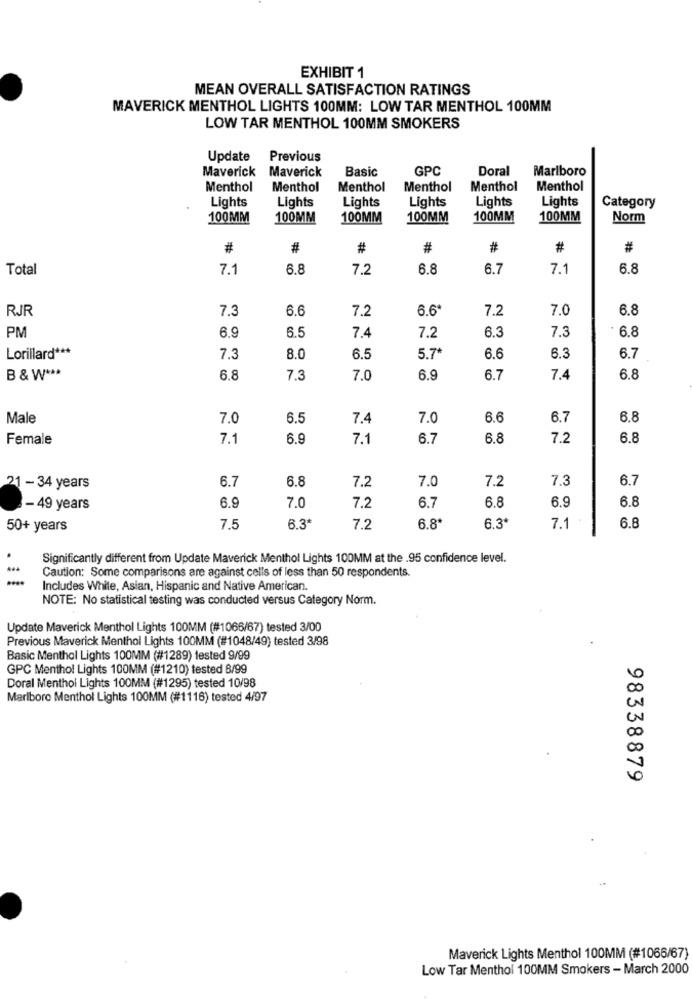
EXHIBIT 1
MEAN OVERALL SATISFACTION RATINGS
MAVERICK MENTHOL LIGHTS 100MM: LOW TAR MENTHOL 100MM
LOW TAR MENTHOL 100MM SMOKERS
Update
Previous
Maverick
Maverick
Basic
GPC
Doral
Marlboro
Menthol
Menthol
Menthol
Menthol
Menthol
Menthol
Lights
Lights
Lights
Lights
Lights
Lights
Category
100MM
100MM
100MM
100MM
100MM
100MM
Norm
#
#
#
#
#
#
#
Total
7.1
6.8
7.2
6.8
6.7
7.1
6.8
RJR
7.3
6.6
7.2
6.6*
7.2
7.0
6.8
6.9
6.5
6.3
6.8
PM
7.4
7.2
7.3
Lorillard ***
7.3
8.0
6.5
5.7*
6.6
6.3
6.7
B & W ***
6.8
7.3
7.0
6.9
6.7
7.4
6.8
Male
7.0
6.5
7.4
7.0
6.6
6.7
6.8
Female
7.1
6.9
7.1
6.7
6.8
7.2
6.8
6.7
7.2
7.0
7.2
7.3
6.7
21- 34 years
6.8
7.0
6.7
6.8
- 49 years
6.9
7.2
6.8
6.9
50+ years
7.5
6.3*
7.
6.8*
6.3*
7.1
6.8
Significantly different from Update Maverick Menthol Lights 100MM at the .95 confidence level.
Caution: Some comparisons are against cells of less than 50 respondents.
Includes While, Asian, Hispanic and Native American.
NOTE: No statistical testing was conducted versus Category Norm.
Update Maverick Menthol Lights 100MM (#1066/67) tested 3/00
Previous Maverick Menthol Lights 100MM (#1048/49) tested 3/98
Basic Menthol Lights 100MM (#1289) tested 9/99
GPC Menthol Lights 100MM (#1210) tested 8/99
Doral Menthol Lights 100MM (#1295) tested 10/98
Marlboro Menthol Lights 100MM (#1116) tested 4/97
98338879
Maverick Lights Menthol 100MM (#1066/67)
Low Tar Menthol 100MM Smokers - March 2000